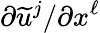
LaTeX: \partial\widetilde{u}^{j}/\partial x^{\ell}